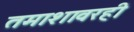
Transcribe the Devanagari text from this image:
तमाशावरही